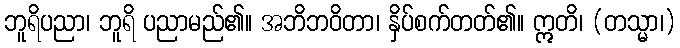
ဘူရိပညာ၊ ဘူရိ ပညာမည်၏။ အဘိဘဝိတာ၊ နှိပ်စက်တတ်၏။ ဣတိ၊ (တသ္မာ၊)